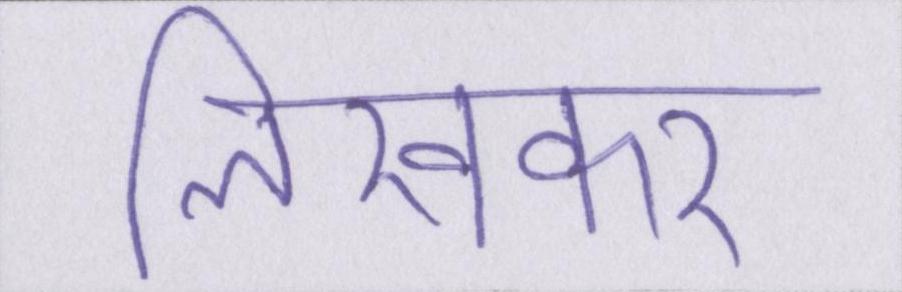
लिखकर